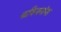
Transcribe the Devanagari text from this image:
कविजनांना